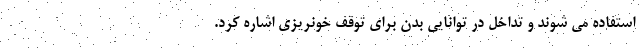
استفاده می شوند و تداخل در توانایی بدن برای توقف خونریزی اشاره کرد.